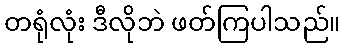
တရုံလုံး ဒီလိုဘဲ ဖတ်ကြပါသည်။